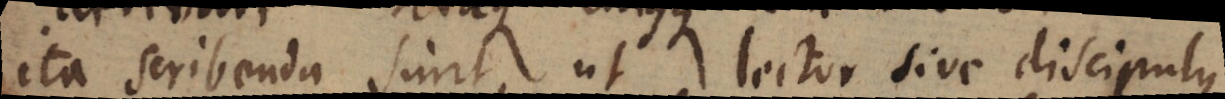
ita scribenda sunt, ut lector sive discipulus